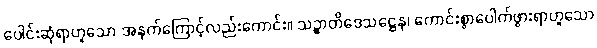
ပေါင်းဆုံရာဟူသော အနက်ကြောင့်လည်းကောင်း။ သဉ္စာတိဒေသဋ္ဌေန၊ ကောင်းစွာပေါက်ဖွားရာဟူသော